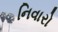
નિવારો